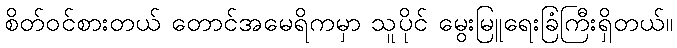
စိတ်ဝင်စားတယ် တောင်အမေရိကမှာ သူပိုင် မွေးမြူရေးခြံကြီးရှိတယ်။